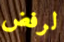
لرفض